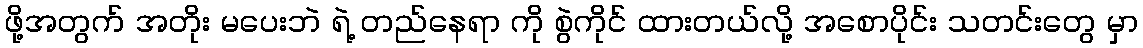
ဖို့အတွက် အတိုး မပေးဘဲ ရဲ့ တည်နေရာ ကို စွဲကိုင် ထားတယ်လို့ အစောပိုင်း သတင်းတွေ မှာ